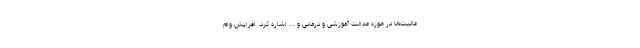
عالیت‌ها در حوزه عدالت آموزشی و درمانی و ... اشاره کرد. افزایش وام